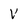
Character: V